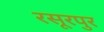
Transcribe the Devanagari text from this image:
रसूरपुर